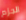
الجزم